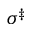
\sigma ^ { \ddag }